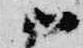
御